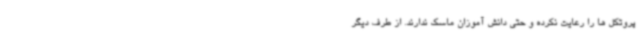
پروتکل ها را رعایت نکرده و حتی دانش آموزان ماسک ندارند. از طرف دیگر